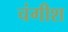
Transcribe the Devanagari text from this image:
चंगीश